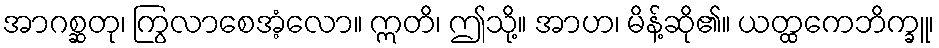
အာဂစ္ဆတု၊ ကြွလာစေအံ့လော။ ဣတိ၊ ဤသို့။ အာဟ၊ မိန့်ဆို၏။ ယတ္ထကေဘိက္ခူ၊